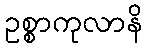
ဥစ္စာကုလာနိ